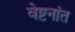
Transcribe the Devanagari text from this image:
वेष्टनांत